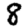
Digit: 8